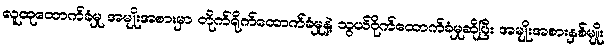
လူထုထောက်ခံမှု အမျိုးအစားမှာ တိုက်ရိုက်ထောက်ခံမှုနဲ့ သွယ်ဝိုက်ထောက်ခံမှုဆိုပြီး အမျိုးအစားနှစ်မျိုး